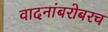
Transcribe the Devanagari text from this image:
वादनांबरोबरच